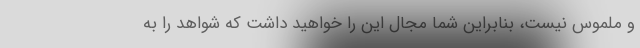
و ملموس نیست، بنابراین شما مجال این را خواهید داشت که شواهد را به